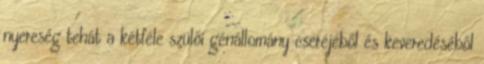
nyereség tehát a kétféle szülői génállomány cseréjéből és keveredéséből